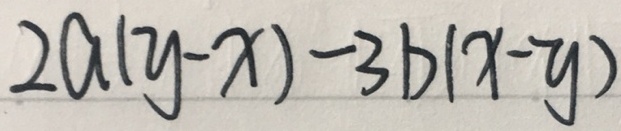
2 a ( y - x ) - 3 b ( x - y )